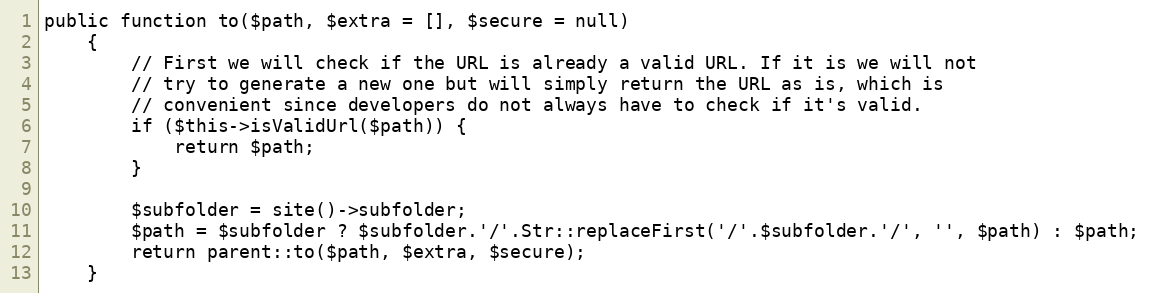
Language: PHP
public function to($path, $extra = [], $secure = null)
    {
        // First we will check if the URL is already a valid URL. If it is we will not
        // try to generate a new one but will simply return the URL as is, which is
        // convenient since developers do not always have to check if it's valid.
        if ($this->isValidUrl($path)) {
            return $path;
        }

        $subfolder = site()->subfolder;
        $path = $subfolder ? $subfolder.'/'.Str::replaceFirst('/'.$subfolder.'/', '', $path) : $path;
        return parent::to($path, $extra, $secure);
    }